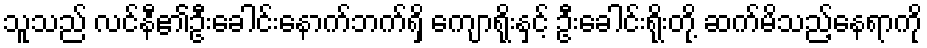
သူသည် လင်နီ၏ဦးခေါင်းနောက်ဘက်ရှိ ကျောရိုးနှင့် ဦးခေါင်းရိုးတို့ ဆက်မိသည့်နေရာကို